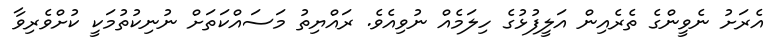
އެރަށު ނެވީންގެ ތެރެއިން އަލީފުޅުގެ ހިލަމެއް ނުވިއެވެ. ރައްޔިތު މަސައްކަތަށް ނުނިކުތުމަކީ ކުށްވެރިވާ